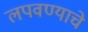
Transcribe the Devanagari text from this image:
लपवण्याचे